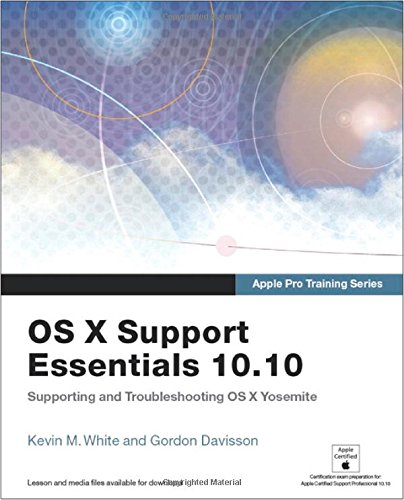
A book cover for Apple Pro Training Series: OS X Support Essentials 10.10: Supporting and Troubleshooting OS X Yosemite; Kevin M. White; Computers & Technology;